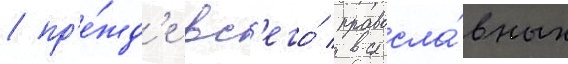
/ пр'е́жд'е вс'его́ правосла́вных